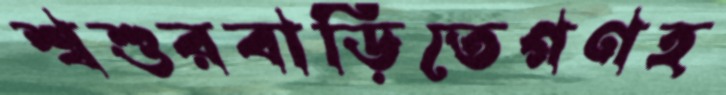
শ্বশুরবাড়িতেগণহ